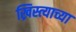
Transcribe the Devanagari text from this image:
ख्रिस्त्याच्या